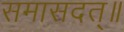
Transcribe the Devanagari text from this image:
समासदत्॥